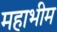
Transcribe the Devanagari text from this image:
महाभीम